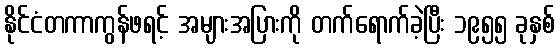
နိုင်ငံတကာကွန်ဖရင့် အများအပြားကို တက်ရောက်ခဲ့ပြီး ၁၉၅၅ ခုနှစ်